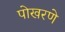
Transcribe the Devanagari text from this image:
पोखरणे